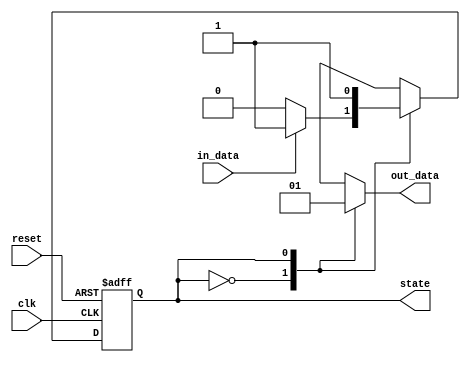
module fsm (
    input wire clk,       // Clock input
    input wire reset,     // Reset signal
    input wire in_data,   // Input data signal
    output wire out_data, // Output data signal
    output reg state      // FSM state output
);

// Define the FSM states
parameter STATE_0 = 2'b00;
parameter STATE_1 = 2'b01;
parameter STATE_2 = 2'b10;
parameter STATE_3 = 2'b11;

// Define the state transition logic
always @ (posedge clk or posedge reset)
begin
    if (reset) begin
        state <= STATE_0;
    end else begin
        case (state)
            STATE_0: begin
                if (in_data) begin
                    state <= STATE_1;
                end else begin
                    state <= STATE_2;
                end
            end
            STATE_1: begin
                state <= STATE_3;
            end
            STATE_2: begin
                state <= STATE_3;
            end
            STATE_3: begin
                state <= STATE_0;
            end
        endcase
    end
end

// Define the output logic
always @ (state)
begin
    case (state)
        STATE_0: out_data = 1'b0;
        STATE_1: out_data = 1'b1;
        STATE_2: out_data = in_data;
        STATE_3: out_data = ~in_data;
    endcase
end

endmodule